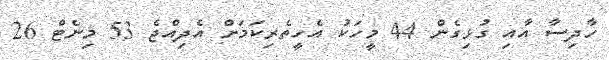
ހާދިސާ އާއި ގުޅިގެން 44 މީހަކު އެހީތެރިކަމަށް އެދިއްޖެ 53 މިނެޓް 26